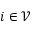
i \in \mathcal V